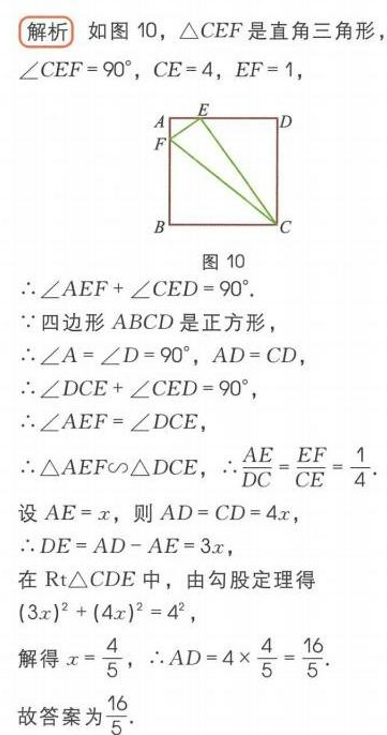
解析 如图 10，\(\triangle CEF\)是直角三角形
\(\angle CEF = 90^{\circ}\)，\(CE = 4\)，\(EF = 1\)，

\(\therefore\angle AEF+\angle CED = 90^{\circ}\).
\(\because\)四边形 \(ABCD\)是正方形，
\(\therefore\angle A=\angle D = 90^{\circ}\)，\(AD = CD\)，
\(\therefore\angle DCE+\angle CED = 90^{\circ}\)，
\(\therefore\angle AEF=\angle DCE\)，
\(\therefore\triangle AEF\sim\triangle DCE\)，\(\therefore\frac{AE}{DC}=\frac{EF}{CE}=\frac{1}{4}\).
设 \(AE = x\)，则 \(AD = CD = 4x\)，
\(\therefore DE = AD - AE = 3x\)，
在\(\text{Rt}\triangle CDE\)中，由勾股定理得
\((3x)^{2}+(4x)^{2}=4^{2}\)，
解得 \(x = \frac{4}{5}\)，\(\therefore AD = 4\times\frac{4}{5}=\frac{16}{5}\).
故答案为\(\frac{16}{5}\).